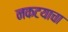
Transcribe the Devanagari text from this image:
नकटयाचा